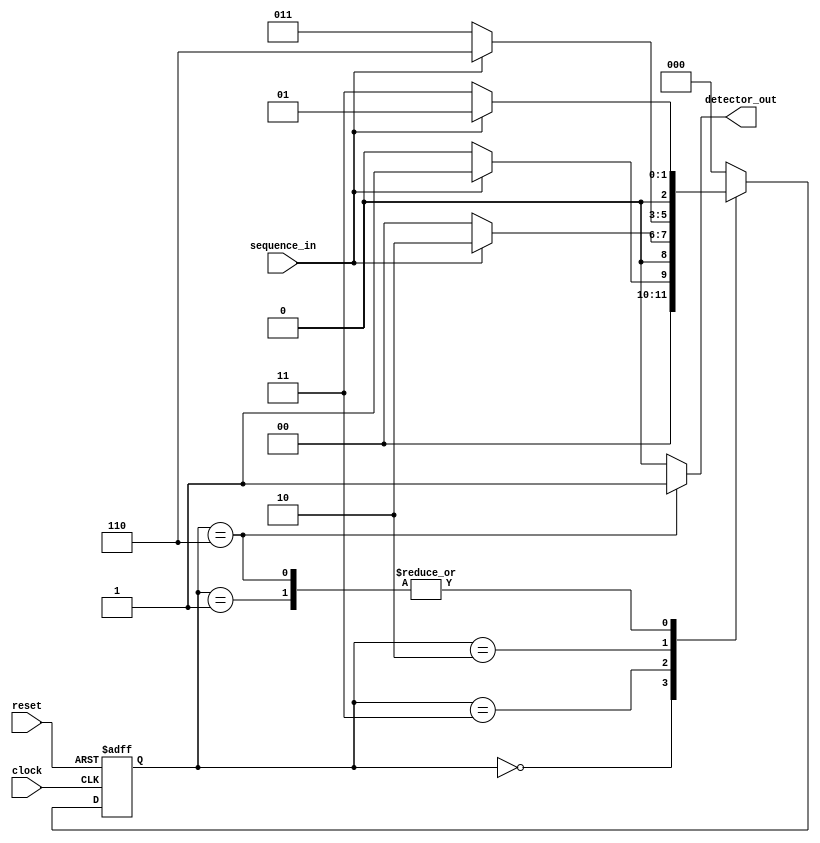
`timescale 1ns / 1ps
//////////////////////////////////////////////////////////////////////////////////
// Company: 
// Engineer: 
// 
// Design Name: 
// Module Name:    sequence 
// Project Name: 
// Target Devices: 
// Tool versions: 
// Description: 
//
// Dependencies: 
//
// Revision: 
// Revision 0.01 - File Created
// Additional Comments: 
//
//////////////////////////////////////////////////////////////////////////////////
module sequence(sequence_in,clock,reset,detector_out);
input clock; 
input reset;
input sequence_in;
output reg detector_out; 
parameter  Zero=3'b000, 
  One=3'b001,
  OneZero=3'b011,
  OneZeroOne=3'b010, 
  OneZeroOneOne=3'b110;

reg [2:0] current_state, next_state; 

always @(posedge clock, posedge reset)
begin
 if(reset==1) 
 current_state <= Zero;
 else
 current_state <= next_state; 
end 

always @(current_state,sequence_in)
begin
 case(current_state) 
 Zero:begin
  if(sequence_in==1)
   next_state = One;
  else
   next_state = Zero;
 end
 One:begin
  if(sequence_in==0)
   next_state = OneZero;
  else
   next_state = One;
 end
 OneZero:begin
  if(sequence_in==0)
   next_state = Zero;
  else
   next_state = OneZeroOne;
 end 
 OneZeroOne:begin
  if(sequence_in==0)
   next_state = OneZero;
  else
   next_state = OneZeroOneOne;
 end
 OneZeroOneOne:begin
  if(sequence_in==0)
   next_state = OneZero;
  else
   next_state = One;
 end
 default:next_state = Zero;
 endcase
end
always @(current_state)
begin 
 case(current_state) 
 Zero:   detector_out = 0;
 One:   detector_out = 0;
 OneZero:  detector_out = 0;
 OneZeroOne:  detector_out = 0;
 OneZeroOneOne:  detector_out = 1;
 default:  detector_out = 0;
 endcase
end 
endmodule